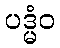
ပဒ္မံဝ